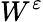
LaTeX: W^{\varepsilon}